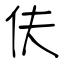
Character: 伕